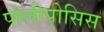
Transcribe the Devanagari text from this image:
पोलीपोसिस